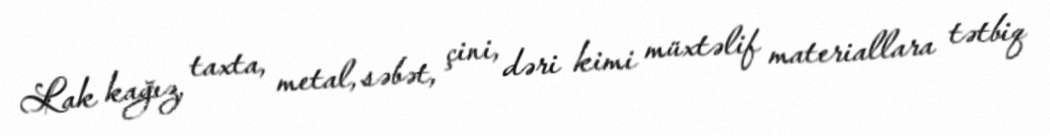
Lak kağız, taxta, metal, səbət, çini, dəri kimi müxtəlif materiallara tətbiq